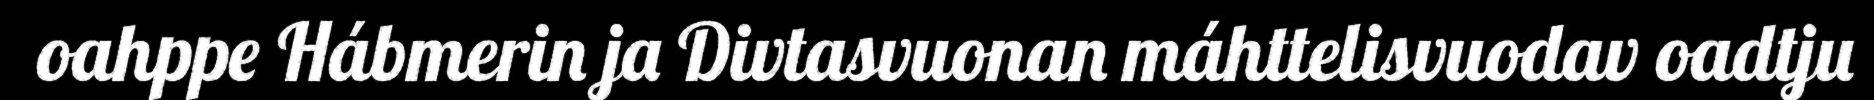
oahppe Hábmerin ja Divtasvuonan máhttelisvuodav oadtju